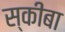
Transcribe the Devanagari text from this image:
स्कीबा